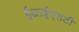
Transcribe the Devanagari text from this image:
ईआईएसटी